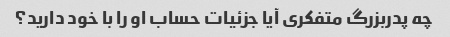
چه پدربزرگ متفکری آیا جزئیات حساب او را با خود دارید؟